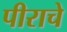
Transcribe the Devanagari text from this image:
पीराचे